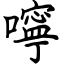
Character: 嚀